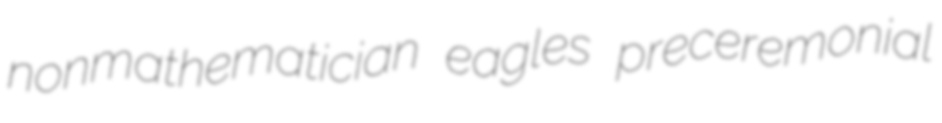
nonmathematician eagles preceremonial